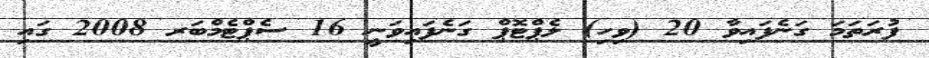
ފުރަތަމަ ގަނެފައިވާ 20 (ވިހި) ލެޕްޓޮޕް ގަނެފައިވަނީ 16 ސެޕްޓެމްބަރ 2008 ގައި